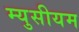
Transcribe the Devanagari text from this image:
म्युसीयम